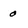
Character: 0